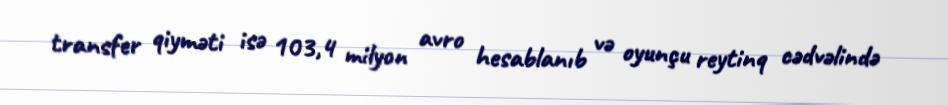
transfer qiyməti isə 103,4 milyon avro hesablanıb və oyunçu reytinq cədvəlində